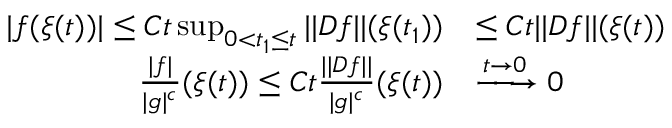
\begin{array} { r l } { | f ( \xi ( t ) ) | \leq C t \operatorname* { s u p } _ { 0 < t _ { 1 } \leq t } | | D f | | ( \xi ( t _ { 1 } ) ) } & { \leq C t | | D f | | ( \xi ( t ) ) } \\ { \frac { | f | } { | g | ^ { c } } ( \xi ( t ) ) \leq C t \frac { | | D f | | } { | g | ^ { c } } ( \xi ( t ) ) } & { \xrightarrow [ ] { t \to 0 } 0 } \end{array}